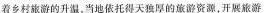
着乡村旅游的升温，当地依托得天独厚的旅游资源，开展旅游